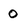
Character: 0